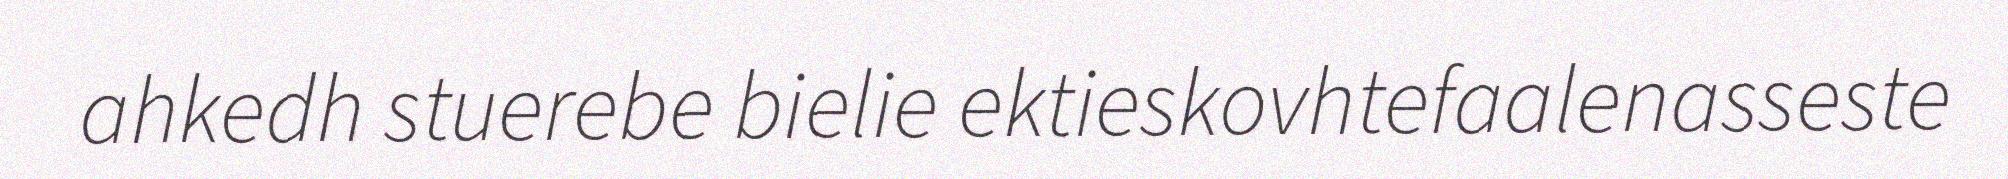
ahkedh stuerebe bielie ektieskovhtefaalenasseste